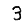
Digit: 3